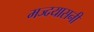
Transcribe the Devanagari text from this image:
मज्दयासनी